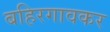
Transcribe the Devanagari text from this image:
बहिरगावकर